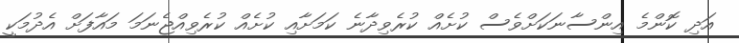
އަދި ކޮންމެ އިންސާނަކަށްވެސް ކުށެއް ކުރެވިދާނެ ކަމަށާއި ކުށެއް ކުރެވިއްޖެނަމަ މައާފަށް އެދުމަކީ